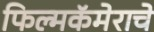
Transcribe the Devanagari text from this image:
फिल्मकॅमेराचे